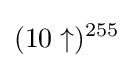
(10\uparrow )^{255}